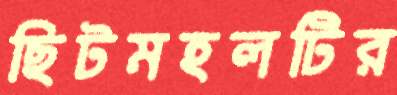
ছিটমহলটির